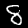
Digit: 8